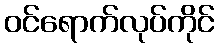
ဝင်ရောက်လုပ်ကိုင်